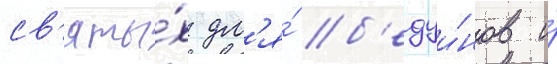
св'яты́х дл'я́ б'едуи́нов и́